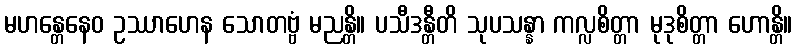
မဟန္တေနေဝ ဥဿာဟေန သောတဗ္ဗံ မညန္တိ။ ပသီဒန္တီတိ သုပသန္နာ ကလ္လစိတ္တာ မုဒုစိတ္တာ ဟောန္တိ။